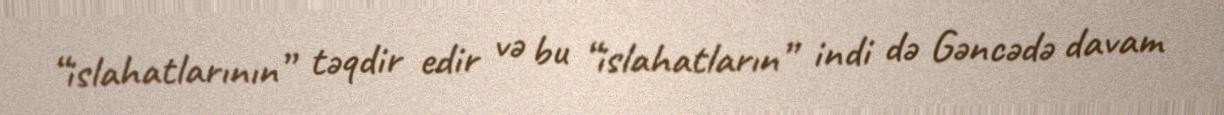
“islahatlarının” təqdir edir və bu “islahatların” indi də Gəncədə davam